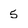
Character: 5